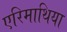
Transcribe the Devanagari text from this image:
एरिमाथिया